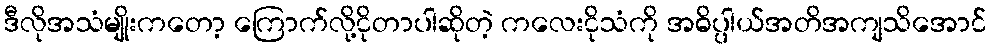
ဒီလိုအသံမျိုးကတော့ ကြောက်လို့ငိုတာပါဆိုတဲ့ ကလေးငိုသံကို အဓိပ္ပါယ်အတိအကျသိအောင်